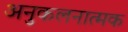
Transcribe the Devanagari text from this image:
अनुकलनात्मक